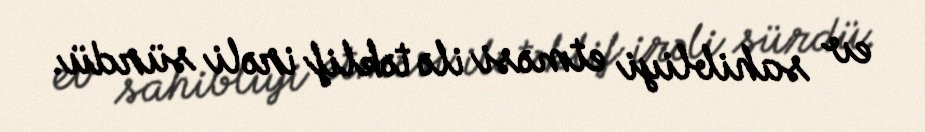
ev sahibliyi etməsi ilə təklif irəli sürdü.